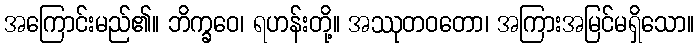
အကြောင်းမည်၏။ ဘိက္ခဝေ၊ ရဟန်းတို့။ အဿုတဝတော၊ အကြားအမြင်မရှိသော။